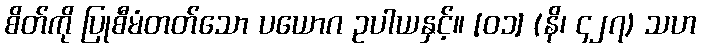
စိတ်ကို ပြုစီမံတတ်သော ပယောဂ ဥပါယနှင့်။ [၀၁] (နိ၊ ၄၂၇) သဟ